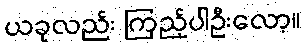
ယခုလည်း ကြည့်ပါဦးလော့။